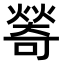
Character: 𤏃